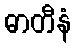
ဓာတီနံ